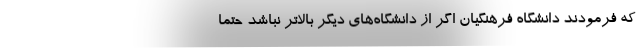
که فرمودند دانشگاه فرهنگیان اگر از دانشگاه‌های دیگر بالاتر نباشد حتماً